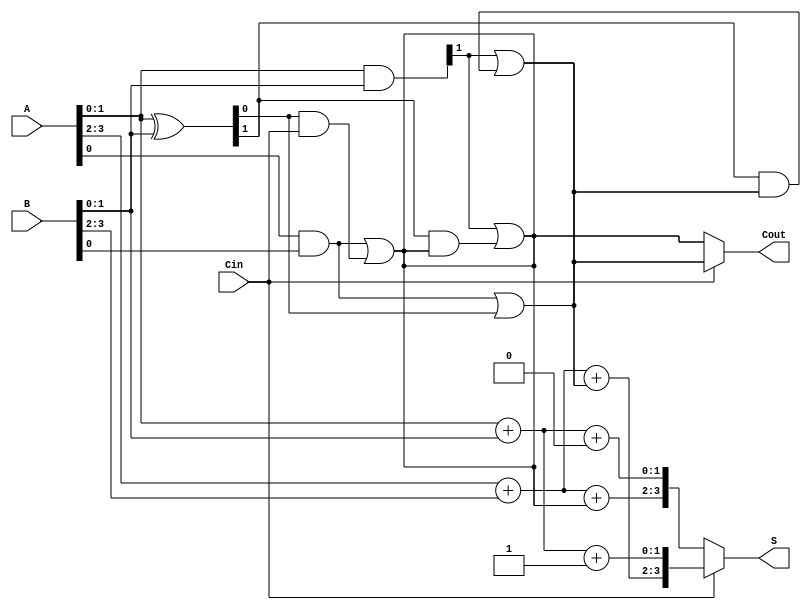
module CarrySelectAdder (
    input [3:0] A,      // 4-bit input A
    input [3:0] B,      // 4-bit input B
    input Cin,          // Input carry
    output [3:0] S,     // 4-bit sum output
    output Cout         // Output carry
);

    wire [3:0] S0, S1;  // Sum outputs for Cin = 0 and Cin = 1
    wire C0, C1;        // Carry outputs for Cin = 0 and Cin = 1

    // Generate and Propagate signals
    wire [3:0] P, G;    // Propagate and Generate signals
    assign P = A ^ B;   // Propagate
    assign G = A & B;   // Generate

    // First 2-bit adder (LSB)
    assign S0[1:0] = A[1:0] + B[1:0] + 1'b0; // Sum for Cin = 0
    assign C0 = (A[1:0] & B[1:0]) | (P[1:0] & Cin); // Carry out for Cin = 0

    assign S1[1:0] = A[1:0] + B[1:0] + 1'b1; // Sum for Cin = 1
    assign C1 = (A[1:0] & B[1:0]) | (P[1:0] & 1'b1); // Carry out for Cin = 1

    // Second 2-bit adder (MSB)
    assign S0[3:2] = A[3:2] + B[3:2] + C0; // Sum for Cin = 0
    assign C0 = G[1] | (P[1] & C0); // Carry out for Cin = 0

    assign S1[3:2] = A[3:2] + B[3:2] + C1; // Sum for Cin = 1
    assign C1 = G[1] | (P[1] & C1); // Carry out for Cin = 1

    // Final Sum and Carry Output Selection
    assign S = Cin ? S1 : S0; // Select sum based on Cin
    assign Cout = Cin ? C1 : C0; // Select carry based on Cin

endmodule